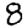
Digit: 8